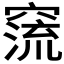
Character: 𥧕